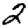
Digit: 2